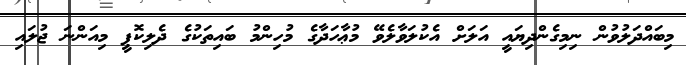
މިބައްދަލުވުން ނިމިގެންދިޔައީ އަލަށް އެކުލަވާލެވޭ މުޢާހަދާގެ މުހިންމު ބައިތަކުގެ ދެލިކޮޕީ މިއަންނަ ޖުލައި